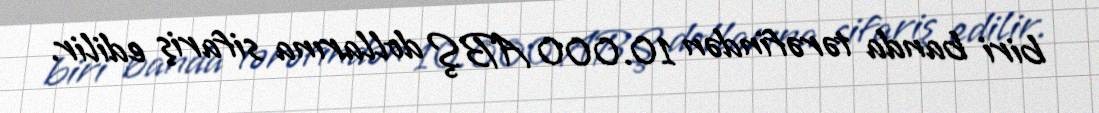
biri banda tərəfindən 10.000 ABŞ dollarına sifariş edilir.